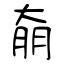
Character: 奟